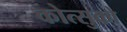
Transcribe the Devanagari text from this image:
कोत्सुको